Report of the Indian Hemp Drugs Commission, 1894-1895 - Volume VI
Year: 1894
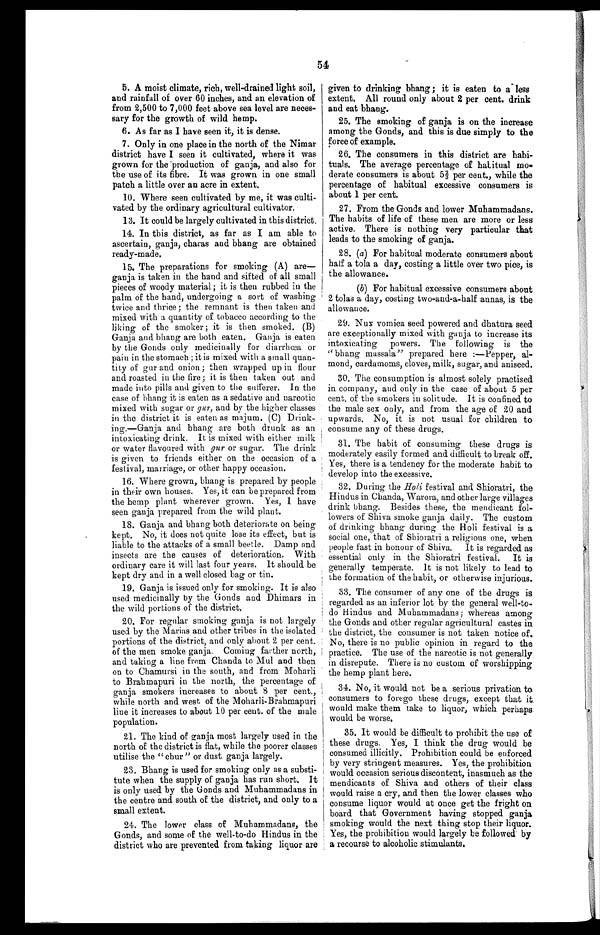
54
5. A moist climate, rich, well-drained light soil,
and rainfall of over 60 inches, and an elevation of
from 2,500 to 7,000 feet above sea level are neces-
sary for the growth of wild hemp.
6. As far as I have seen it, it is dense.
7. Only in one place in the north of the Nimar
district have I seen it cultivated, where it was
grown for the 'production of ganja, and also for
the use of its fibre. It was grown in one small
patch a little over an acre in extent.
10. Where seen cultivated by me, it was culti-
vated by the ordinary agricultural cultivator.
13. It could be largely cultivated in this district.
14. In this district, as far as I am able to
ascertain, ganja, charas and bhang are obtained
ready-made.
15. The preparations for smoking (A)
are—ganja, is taken in the hand and sifted of all small
pieces of woody material ; it is then rubbed in the
palm of the hand, undergoing a sort of washing
twice and thrice ; the. remnant is then taken and
mixed with a quantity of tobacco according to the
liking of the smoker ; it is then smoked. (B)
Ganja and bhang are both eaten. Ganja is eaten
by the Goads only medicinally for diarrhœa or
pain in the stomach ; it is mixed with a small quan-
tity of gur and onion ; then wrapped up in flour
and roasted in the fire; it is then taken out and
made into pills and given to the sufferer. In the
case of bhang it is eaten as a sedative and narcotic
mixed with sugar or gur, and by the higher classes
in the district it is eaten as majum. (C) Drink-
ing.—Ganja and bhang are both drunk as an
intoxicating drink. It is mixed with either milk
or water flavoured with gur or sugar. The drink
is given to friends either on the occasion of a
festival, marriage, or other happy occasion.
16. Where grown, bhang is prepared by people
in their own houses. Yes, it can be prepared from
the hemp plant wherever grown. Yes, I have
seen ganja prepared from the wild plant.
18. Ganja and bhang both deteriorate on being
kept. No, it does not quite lose its effect, but is
liable to the attacks of a small beetle. Damp and
insects are the causes of deterioration. With
ordinary care it will last four years. It should be
kept dry and in a well closed bag or tin.
19. Ganja is issued only for smoking. It is also
used medicinally by the Goads and Dhimars in
the wild portions of the district.
20. For regular smoking ganja is not largely
used by the Marias and other tribes in the isolated
portions of the district, and only about 2 per cent.
6
of the men smoke ganja. Coming farther north,
and taking a line from Chanda to Mul and then
on to Chamursi in the south, and from Moharli
to Brahmapuri in the north, the percentage of
ganja smokers increases to about 8 per cent.,
while north and west of the Moharli-Brahmapuri
line it increases to about 10 per cent. of the male
population.
21. The kind of ganja most largely used in the
north of the district is flat, while the poorer classes
utilise the " chur" or dust ganja largely.
23. Bhang is used for smoking only as a substi-
tute when the supply of ganja has run short. It
is only used by the Gonds and Muhammadans in
the centre and south of the district, and only to a
small extent.
24. The lower class of Muhammadans, the
Gonds, and some of the well-to-do Hindus in the
district who are prevented from taking liquor are
given to drinking bhang ; it is eaten to a less
extent. All round only about 2 per cent. drink
and eat bhang.
25. The smoking of ganja is on the increase
among the Gonds, and this is due simply to the
force of example.
26. The consumers in this district are habi-
tuals. The average percentage of habitual mo-
derate consumers is about 5⅔ per cent., while the
percentage of habitual excessive consumers is
about 1 per cent.
27. From the Gonds and lower Muhammadans.
The habits of life of these men are more or less
active. There is nothing very particular that
leads to the smoking of ganja.
28. (a) For habitual moderate consumers about
half a tola a day, costing a little over two pice, is
the allowance.
(b) For habitual excessive consumers about
2 tolas a day, costing two-and-a-half annas, is the
allowance.
29. Nux vomica seed powered and dhatura seed
are exceptionally mixed with ganja to increase its
intoxicating powers. The following is the
"bhang massala" prepared here :—Pepper, al-
mond, cardamoms, cloves, milk, sugar, and aniseed.
30. The consumption is almost solely practised
in company, and only in the case of about 5 per
cent. of the smokers in solitude. It is confined to
the male sex only, and from the age of 20 and
upwards. No, it is not usual for children to
consume any of these drugs.
31. The habit of consuming these drugs is
moderately easily formed and difficult to break off.
Yes, there is a tendency for the moderate habit to
develop into the excessive.
32. During the Holi festival and Shioratri, the
Hindus in Chanda, Warora, and other large villages
drink bhang. Besides these, the mendicant fol-
lowers of Shiva smoke ganja daily. The custom
of drinking bhang during the Holi festival is a
social one, that of Shioratri a religious one, when
people fast in honour of Shiva.
It is regarded as
essential only in the Shioratri festival. It is
generally temperate. It is not likely to lead to
the formation of the habit, or otherwise injurious.
33. The consumer of any one of the drugs is
regarded as an inferior lot by the general well-to-
do Hindus and Muhammadans; whereas among
the Gonds and other regular agricultural castes in
the district, the consumer is not taken notice of,
No, there is no public opinion in regard to the
practice. The use of the narcotic is not generally
in disrepute. There is no custom of worshipping
the hemp plant here.
34. No, it would not be a serious privation to
consumers to forego these drugs, except that it.
would make them take to liquor, which perhaps
would be worse.
35. It would be difficult to prohibit the use of
these drugs. Yes, I think the drug would be
consumed illicitly. Prohibition could be enforced
by very stringent measures. Yes, the prohibition
would occasion serious discontent, inasmuch as the
mendicants of Shiva and others of their class
would raise a cry, and then the lower classes who
consume liquor would at once get the fright on
board that Government having stopped ganja
smoking would the next thing stop their liquor.
Yes, the prohibition would largely be followed' by
a recourse to alcoholic stimulants.